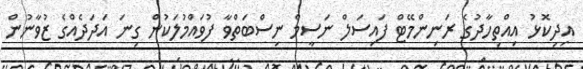
އިދިކޮޅު އިއްތިހާދުގެ ރަނިންމޭޓް ފައިސަލް ނަސީމް ނިސްބަތްވާ ފުވައްމުލަކުން ގިނަ އަދަދެއްގެ ޒުވާނުން